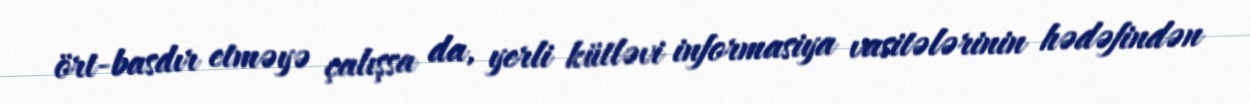
ört-basdır etməyə çalışsa da, yerli kütləvi informasiya vasitələrinin hədəfindən